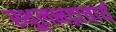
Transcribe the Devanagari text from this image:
स्थूलभद्राचार्य